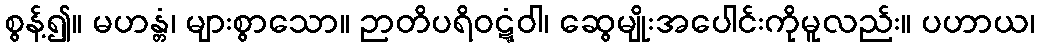
စွန့်၍။ မဟန္တံ၊ များစွာသော။ ဉာတိပရိဝဋ္ဋံဝါ၊ ဆွေမျိုးအပေါင်းကိုမူလည်း။ ပဟာယ၊